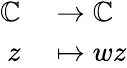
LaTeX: \begin{array}{rl}{\mathbb{C}}&{{}\rightarrow\mathbb{C}}\\ {z}&{{}\mapsto wz}\end{array}